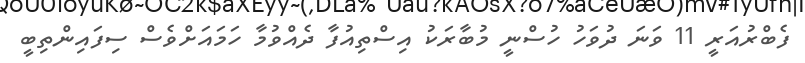
ފެބްރުއަރީ 11 ވަނަ ދުވަހު ހުސްނީ މުބާރަކު އިސްތިއުފާ ދެއްވުމާ ހަމައަށްވެސް ސިފައިންތިބީ